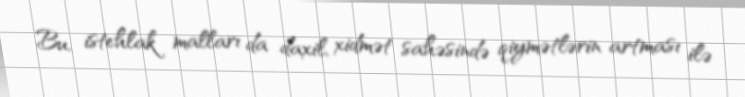
Bu, istehlak malları da daxil, xidmət sahəsində qiymətlərin artması ilə